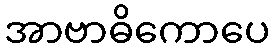
အာဗာဓိကောပေ